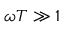
\omega T \gg 1